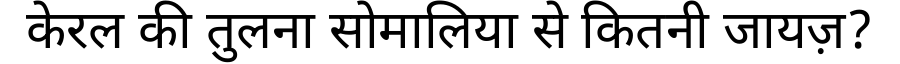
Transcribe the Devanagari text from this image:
केरल की तुलना सोमालिया से कितनी जायज़?